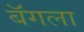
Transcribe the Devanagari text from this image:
बॅगला